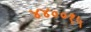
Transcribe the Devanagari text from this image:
४४००१५